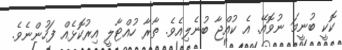
ކޮކީ ބުނީމަ ނުވޮއޭ. އެ ކުއްޖާ ބުނެލިއެވެ. ތާރާ ހުއްޓާލީ އިރުކޮޅެއް ފަހުންނެވެ.